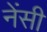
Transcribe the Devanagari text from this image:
नेंसी